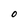
Character: O